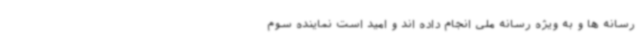
رسانه ها و به ویژه رسانه ملی انجام داده اند و امید است نماینده سوم